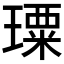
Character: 𤩗